Second report of the anti-malarial operations at Mian Mir, 1901-1903 - Number 9
Year: 1901
Disease focus: Malaria
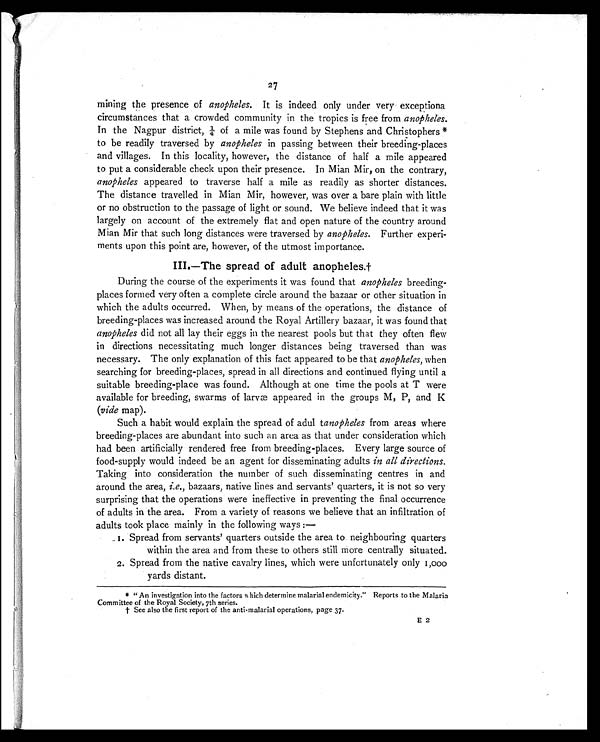
27
mining the presence of anopheles. It is indeed only under very exceptiona
circumstances that a crowded community in the tropics is free from anopheles.
In the Nagpur district, ¼ of a mile was found by Stephens and Christophers*
to be readily traversed by anopheles in passing between their breeding-places
and villages. In this locality, however, the distance of half a mile appeared
to put a considerable check upon their presence. In Mian Mir, on the contrary,
anopheles appeared to traverse half a mile as readily as shorter distances.
The distance travelled in Mian Mir, however, was over a bare plain with little
or no obstruction to the passage of light or sound. We believe indeed that it was
largely on account of the extremely flat and open nature of the country around
Mian Mir that such long distances were traversed by anopheles. Further experi-
ments upon this point are, however, of the utmost importance.
III.—The spread of adult anopheles.†
During the course of the experiments it was found that anopheles breeding-
places formed very often a complete circle around the bazaar or other situation in
which the adults occurred. When, by means of the operations, the distance of
breeding-places was increased around the Royal Artillery bazaar, it was found that
anopheles did not all lay their eggs in the nearest pools but that they often flew
in directions necessitating much longer distances being traversed than was
necessary. The only explanation of this fact appeared to be that anopheles, when
searching for breeding-places, spread in all directions and continued flying until a
suitable breeding-place was found. Although at one time the pools at T were
available for breeding, swarms of larvæ appeared in the groups M, P, and K
(vide map).
Such a habit would explain the spread of adul tanopheles from areas where
breeding-places are abundant into such an area as that under consideration which
had been artificially rendered free from breeding-places. Every large source of
food-supply would indeed be an agent for disseminating adults in all directions.
Taking into consideration the number of such disseminating centres in and
around the area, i.e., bazaars, native lines and servants' quarters, it is not so very
surprising that the operations were ineffective in preventing the final occurrence
of adults in the area. From a variety of reasons we believe that an infiltration of
adults took place mainly in the following ways :
—
1. Spread from servants' quarters outside the area to neighbouring quarters
within the area and from these to others still more centrally situated.
2. Spread from the native cavalry lines, which were unfortunately only 1,000
yards distant.
* "An investigation into the factors which determine malarial endemicity." Reports to the Malaria
Committee of the Royal Society, 7th series.
† See also the first report of the anti-malarial operations, page 37.
E 2